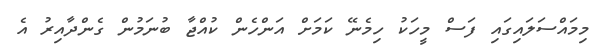
މިމައްސަލައިގައި ފަސް މީހަކު ހިމެނޭ ކަމަށް އަންހެން ކުއްޖާ ބުނަމުން ގެންދާއިރު އެ